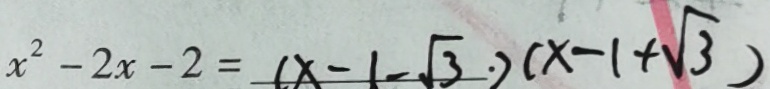
x ^ { 2 } - 2 x - 2 = ( x - 1 - \sqrt { 3 } ) ( x - 1 + \sqrt { 3 } )